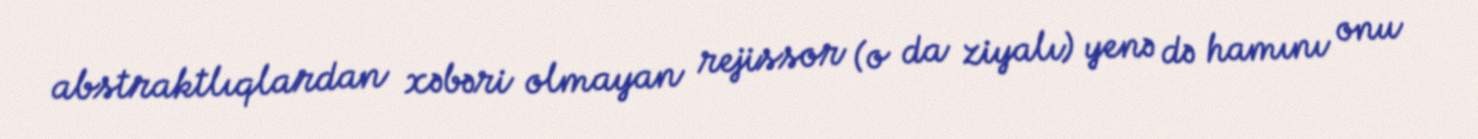
abstraktlıqlardan xəbəri olmayan rejissor (o da ziyalı) yenə də hamını onu